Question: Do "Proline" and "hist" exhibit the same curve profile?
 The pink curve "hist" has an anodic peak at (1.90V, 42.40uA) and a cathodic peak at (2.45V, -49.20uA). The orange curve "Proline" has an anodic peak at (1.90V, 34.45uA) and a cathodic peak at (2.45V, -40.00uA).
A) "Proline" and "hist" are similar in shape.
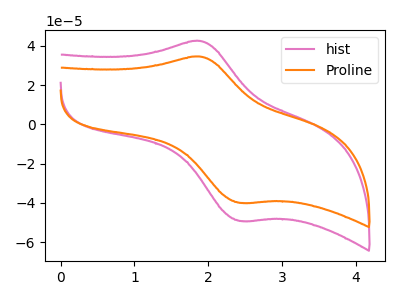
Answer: <think>All the peaks in "Proline" have a peak in "hist" at the same potential. Every peak in "Proline" is lower than every peak in "hist".
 </think>
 <answer>A) "Proline" and "hist" are similar in shape.</answer>
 <eval>A</eval>